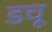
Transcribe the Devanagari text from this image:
डचू